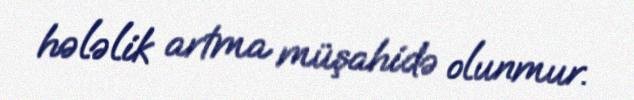
hələlik artma müşahidə olunmur.